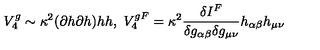
V _ { 4 } ^ { g } \sim \kappa ^ { 2 } ( \partial h \partial h ) h h , \ V _ { 4 } ^ { g F } = \kappa ^ { 2 } \frac { \delta I ^ { F } } { \delta g _ { \alpha \beta } \delta g _ { \mu \nu } } h _ { \alpha \beta } h _ { \mu \nu }